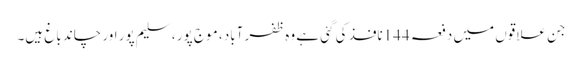
جن علاقوں میں دفعہ 144نافذ کی گئی ہے وہ ظفر آباد ، موج پور ، سلیم پور اور چاند باغ ہیں۔